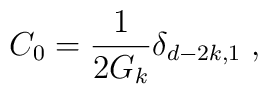
C_{0}=\frac{1}{2G_{k}}\delta _{d-2k,1}\;,